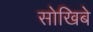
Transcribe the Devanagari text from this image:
सोखिबे